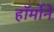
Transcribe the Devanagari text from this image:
हॉर्मोने